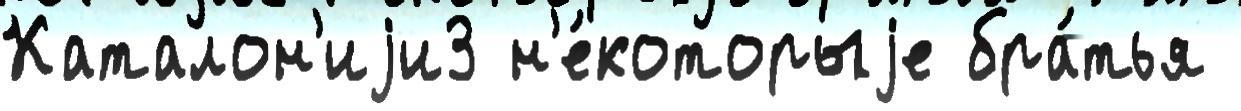
Каталон'иjи3 н'е́которыjе бра́тья